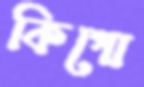
কিগো